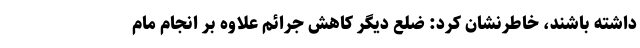
داشته باشند، خاطرنشان کرد: ضلع دیگر کاهش جرائم علاوه بر انجام مام